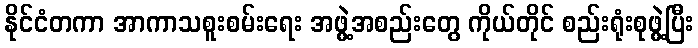
နိုင်ငံတကာ အာကာသစူးစမ်းရေး အဖွဲ့အစည်းတွေ ကိုယ်တိုင် စည်းရုံးစုဖွဲ့ပြီး